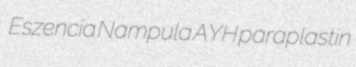
Eszencia Nampula AYH paraplastin